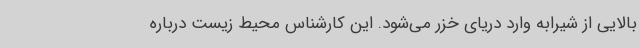
بالایی از شیرابه وارد دریای خزر می‌شود. این کارشناس محیط زیست درباره